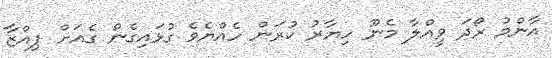
އާންމު ރޯދަ ވީއްލާ މެނޫ ހިޔާރު ކުރަން ހެއްޔެވެ ގުޅައިގެން ގެއަށް ޕިއްޒާ